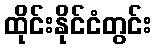
ထိုင်းနိုင်ငံတွင်း